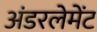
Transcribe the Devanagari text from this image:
अंडरलेमेंट